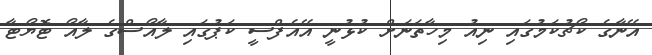
އޭނާގެ ކޯޗުކަމުގައި ނިއު މިހާތަނަށް ކުޅުނީ އޭއެފްސީ ކަޕުގައި ލާއޯސްގެ ލާއޯ ޓޮޔޯޓާ